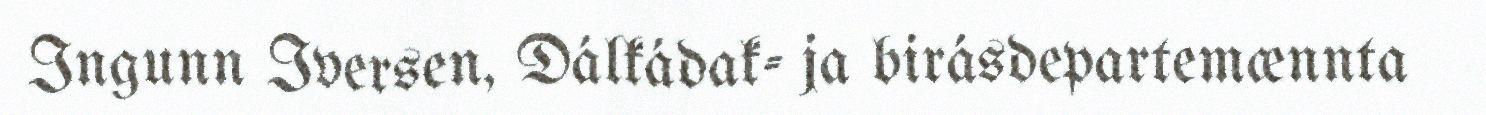
Ingunn Iversen, Dálkádak- ja birásdepartemænnta